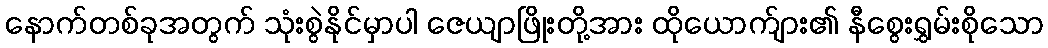
နောက်တစ်ခုအတွက် သုံးစွဲနိုင်မှာပါ ဇေယျာဖြိုးတို့အား ထိုယောက်ျား၏ နီစွေးရွှမ်းစိုသော